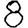
Digit: 8